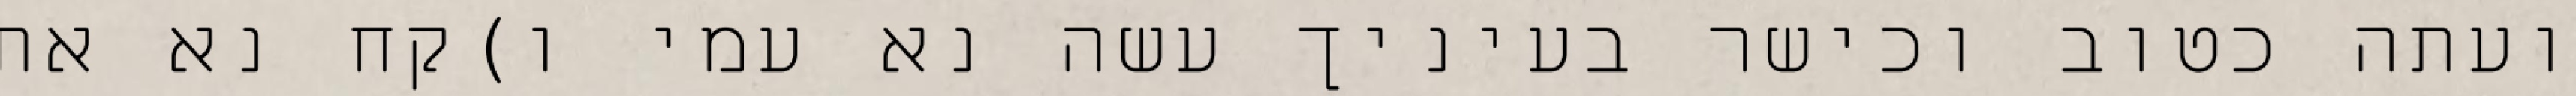
ועתה כטוב וכישר בעיניך עשה נא עמי ו)קח נא את